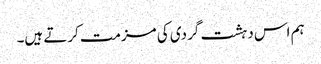
ہم اس دہشت گردی کی مزمت کرتے ہیں۔